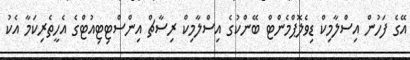
އޭގެ ފަހުން އިސްލާމިކް ޑިވެލޮޕްމެންޓް ބޭންކުގެ އިސްލާމިކް ރިސާޗް އިންސްޓިޓިއުޓްގެ އެހީތެރިކަމާ އެކު